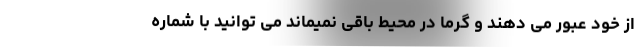
از خود عبور می دهند و گرما در محیط باقی نمیماند می توانید با شماره